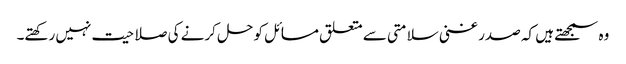
وہ سمجھتے ہیں کہ صدر غنی سلامتی سے متعلق مسائل کو حل کرنے کی صلاحیت نہیں رکھتے۔